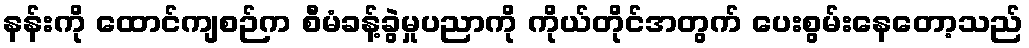
နန်းကို ထောင်ကျစဉ်က စီမံခန့်ခွဲမှုပညာကို ကိုယ်တိုင်အတွက် ပေးစွမ်းနေတော့သည်